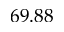
6 9 . 8 8